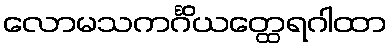
လောမသကင်္ဂိယတ္ထေရဂါထာ